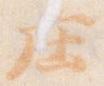
庄